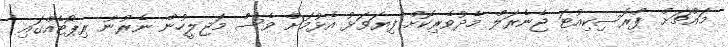
މައްޗަށް ޕްރޮސިކިއުޓަ ޖެނެރަލް މެދުވެރިކޮށް ފިޔަވަޅު އެޅުމަށް ވެސް މަޖިލީހުން ނެރުނު ރިޕޯޓެއްގައި